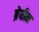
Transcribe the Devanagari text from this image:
ब्रेवीन